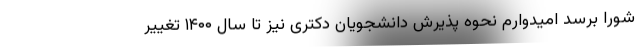
شورا برسد امیدوارم نحوه پذیرش دانشجویان دکتری نیز تا سال ۱۴۰۰ تغییر